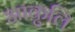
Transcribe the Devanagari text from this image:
आकुलि